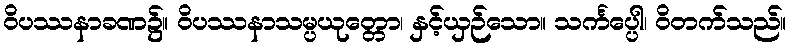
ဝိပဿနာခဏ၌။ ဝိပဿနာသမ္ပယုတ္တော၊ နှင့်ယှဉ်သော။ သင်္ကပ္ပေါ၊ ဝိတက်သည်။